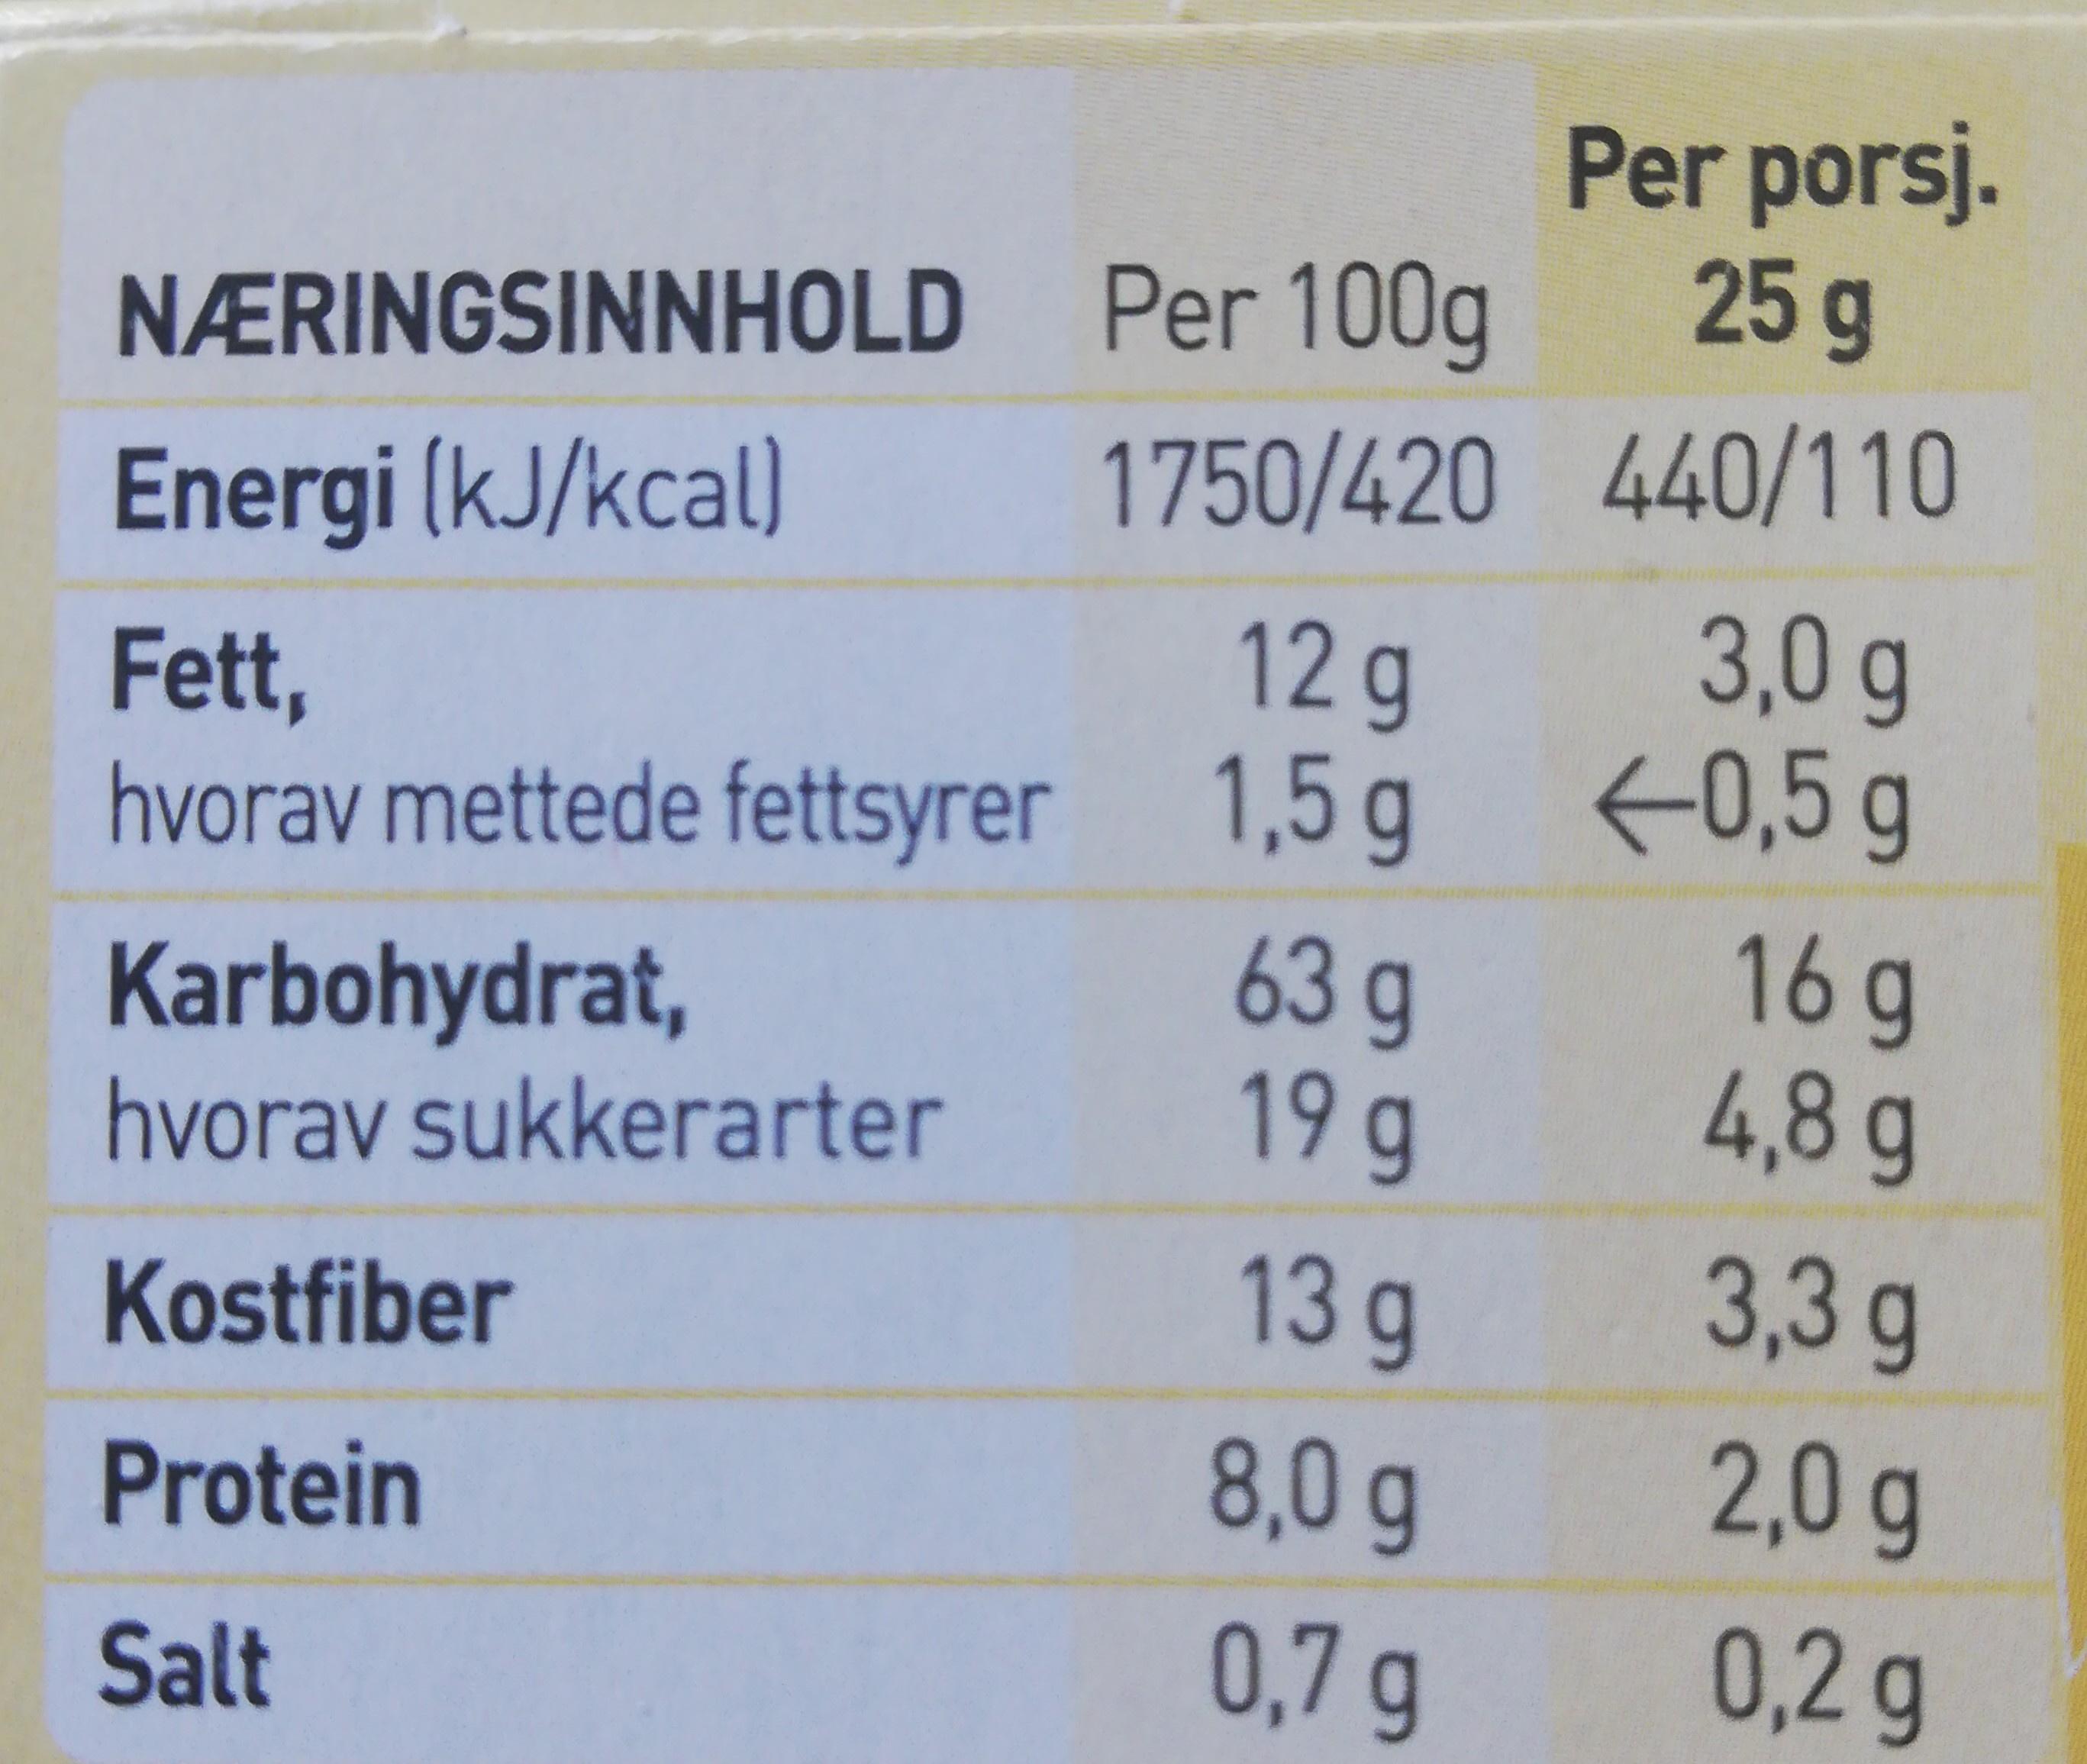
Per porsj. 25g
Per 100g
NÆRINGSINNHOLD
1750/420 440/110
Energi (kJ/kcal)
3,0g <0,5 g
Fett,
12 g
hvorav mettede fettsyrer 1,5 g 63 g 19 g
16 g 4,8g
Karbohydrat, hvorav sukkerarter
13g
3,3g
Kostfiber
8,0g
2,0g
Protein
Salt
0,7 g
0,2 g